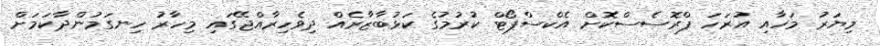
މިޔަރު މަހާއި އުރަހަ ޕްރޮސެސްކޮށް އެކްސްޕޯޓް ކުރުމުގެ ކަޅުބާޒާރެއް ދިވެހިރާއްޖޭގައި މިހާރު ހިނގަމުންދާކަމަށް